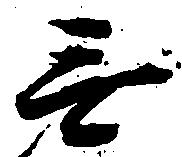
無